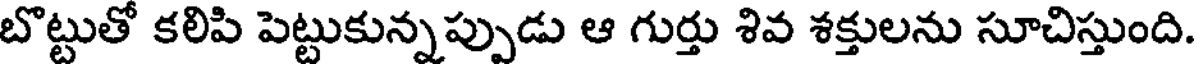
బొట్టుతో కలిపి పెట్టుకున్నప్పుడు ఆ గుర్తు శివ శక్తులను సూచిస్తుంది.